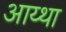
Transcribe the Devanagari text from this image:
आय्था